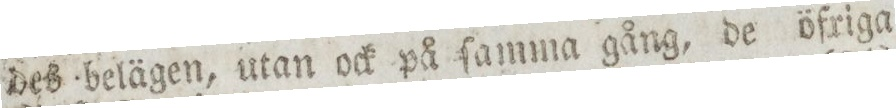
des belägen, utan ock på ſamma gång, de öfriga